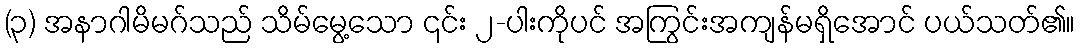
(၃) အနာဂါမိမဂ်သည် သိမ်မွေ့သော ၎င်း ၂-ပါးကိုပင် အကြွင်းအကျန်မရှိအောင် ပယ်သတ်၏။